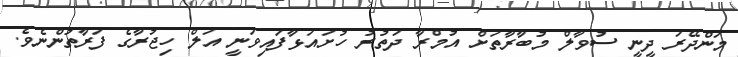
މަންދޭރަ ދީނީ ސުވާލް މުބާރާތަށް އުމްރާ ދަތުރު ހުށައަޅާފައިވަނީ އަލް ހިޖުރާގެ ފަރާތުންނެވެ.